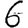
Digit: 6